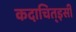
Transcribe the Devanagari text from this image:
कदाचित्‌इसी